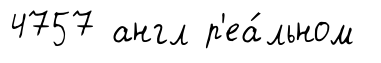
4757 англ р'еа́льном